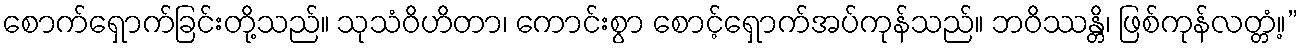
စောက်ရှောက်ခြင်းတို့သည်။ သုသံဝိဟိတာ၊ ကောင်းစွာ စောင့်ရှောက်အပ်ကုန်သည်။ ဘဝိဿန္တိ၊ ဖြစ်ကုန်လတ္တံ့။”